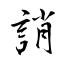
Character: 誚